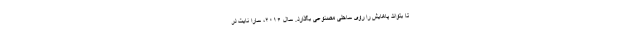
تا بتواند پاهایش را روی ساحلی مصنوعی بگذارد. سال ۲۰۱۶، سارا نایت در